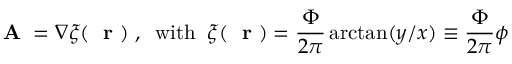
\mathrm { ~ \bf ~ A ~ } = \nabla \xi ( \mathrm { ~ \bf ~ r ~ } ) \; , \; \; \mathrm { w i t h } \; \; \xi ( \mathrm { ~ \bf ~ r ~ } ) = \frac { \Phi } { 2 \pi } \arctan ( y / x ) \equiv \frac { \Phi } { 2 \pi } \phi \;